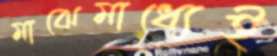
মাঝেমাধ্যেই